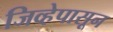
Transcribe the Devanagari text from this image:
जिव्हेपासून